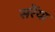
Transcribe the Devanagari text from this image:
सरैंया